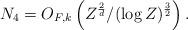
LaTeX: \begin{align*} N_4 = O_{F,k}\left(Z^{\frac{2}{d}} /(\log Z)^{\frac{3}{2}} \right). \end{align*}